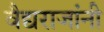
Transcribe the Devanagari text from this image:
वैद्यराजांनी